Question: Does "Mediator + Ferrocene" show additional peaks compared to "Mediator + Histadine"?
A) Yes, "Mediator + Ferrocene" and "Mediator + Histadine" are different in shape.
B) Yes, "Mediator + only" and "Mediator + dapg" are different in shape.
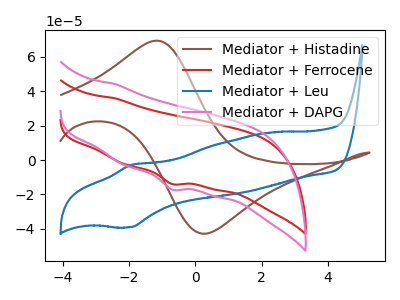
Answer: <think>The brown curve "Mediator + Histadine" has an anodic peak at (-1.15V, 69.45uA) and a cathodic peak at (0.35V, -42.75uA). The red curve "Mediator + Ferrocene" has a cathodic peak at: (-0.70V, -13.95uA). The blue curve "Mediator + Leu" has an anodic peak at (-1.90V, -2.70uA) and a cathodic peak at (-2.00V, -39.05uA). The pink curve "Mediator + DAPG" has a cathodic peak at: (-0.70V, -17.20uA).
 "Mediator + Ferrocene" and "Mediator + Histadine" have a different number of peaks.</think>
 <answer>A) Yes, "Mediator + Ferrocene" and "Mediator + Histadine" are different in shape.</answer>
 <eval>A</eval>